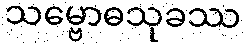
သမ္ဗောဓသုခဿ